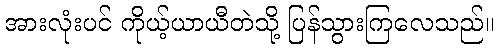
အားလုံးပင် ကိုယ့်ယာယီတဲသို့ ပြန်သွားကြလေသည်။